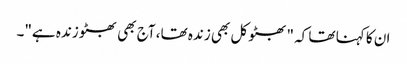
ان کا کہنا تھا کہ "بھٹو کل بھی زندہ تھا، آج بھی بھٹو زندہ ہے"۔